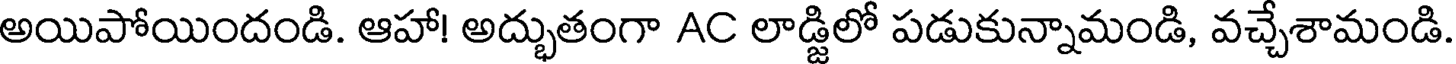
అయిపోయిందండి. ఆహా! అద్భుతంగా AC లాడ్జిలో పడుకున్నామండి, వచ్చేశామండి